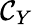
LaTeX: \mathcal{C}_{Y}